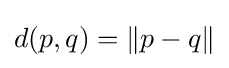
d(p,q)=\|p-q\|